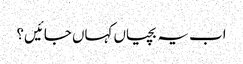
اب یہ بچیاں کہاں جائیں؟